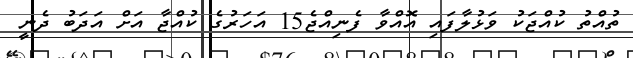
ތުއްތު ކުއްޖަކު ވަޅުލާފައި އޮއްވާ ފެނިއްޖެ15 އަހަރުގެ ކުއްޖާ އަށް އަދަބު ދެނީ